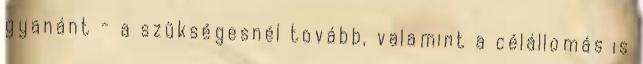
gyanánt - a szükségesnél tovább, valamint a célállomás is